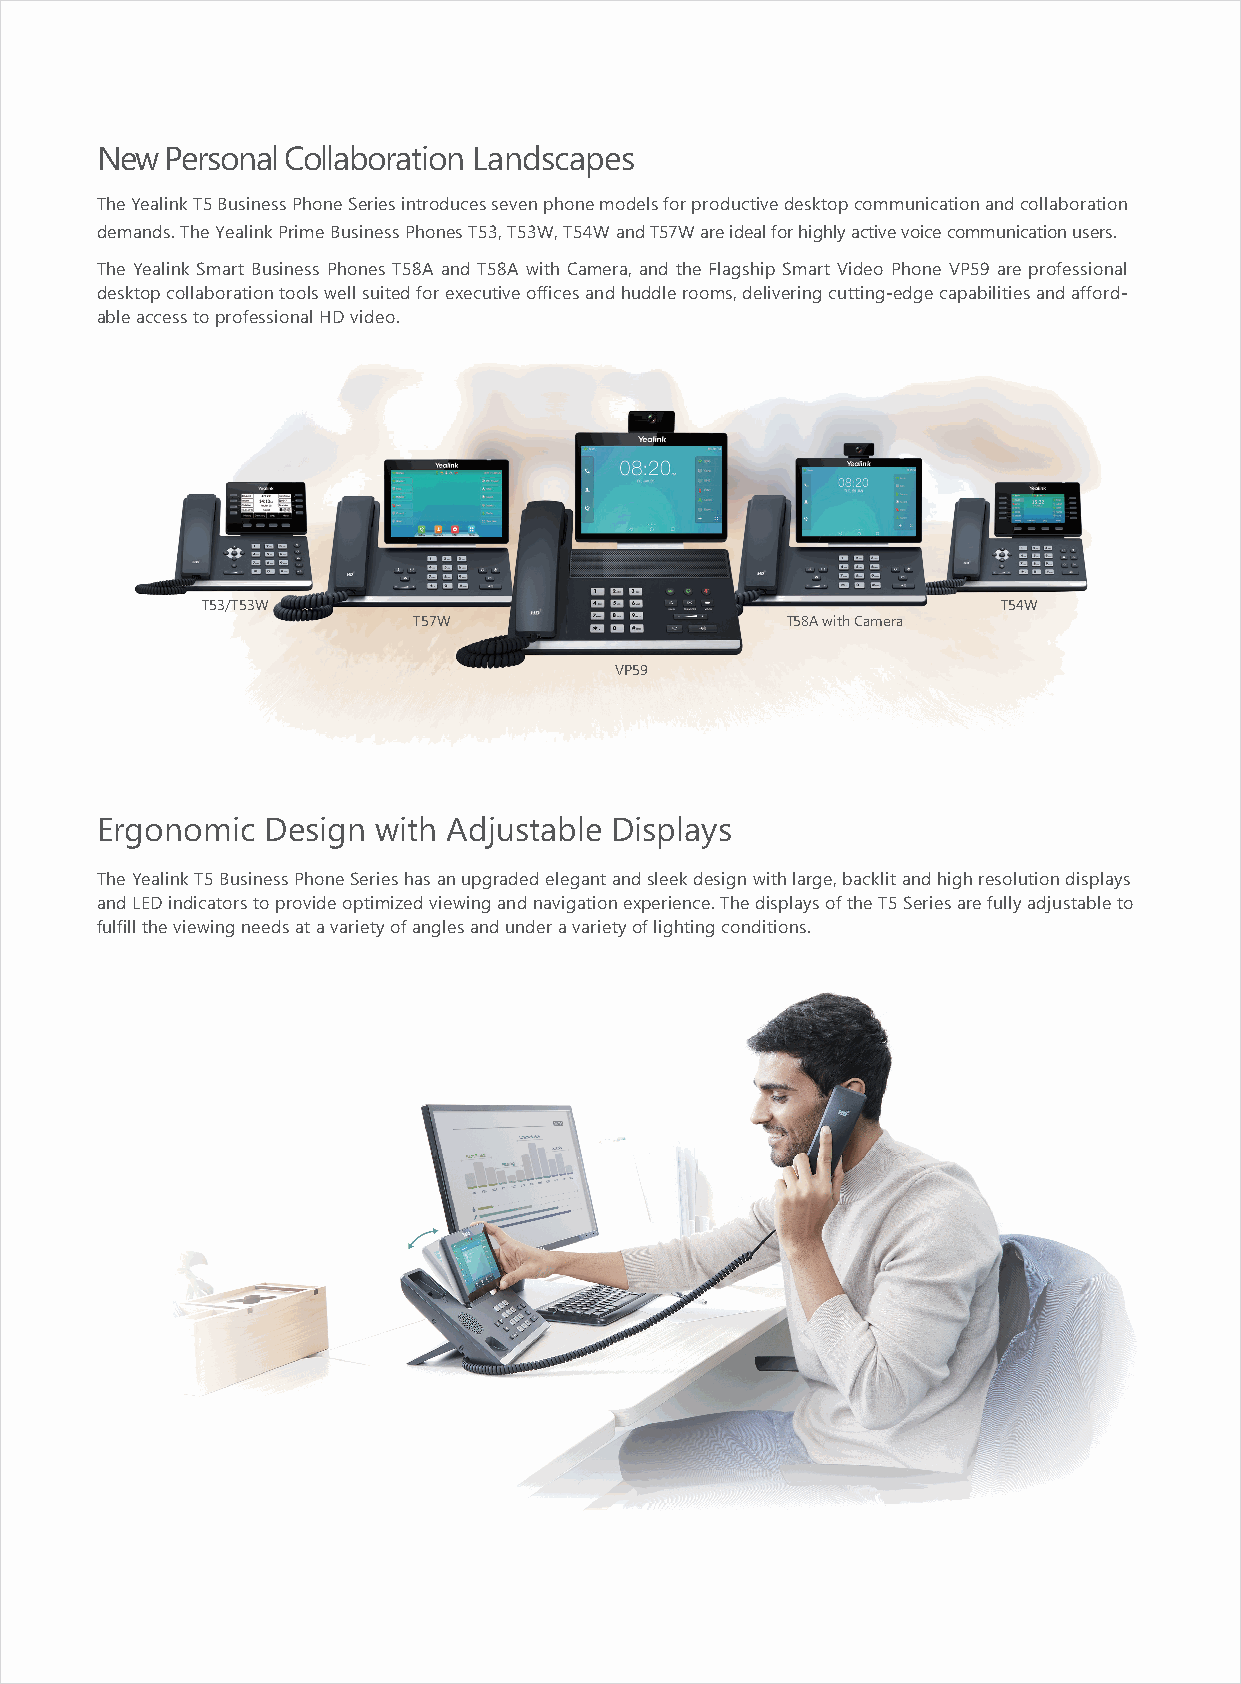
New  Personal Collaboration Landscapes
 The Yealink T5 Business Phone Series introduces seven phone models for productive desktop communication and collaboration
 demands. The Yealink Prime Business Phones T53, T53W, T54W and T57W are ideal for highly active voice communication users.
 The Yealink Smart Business Phones T58A and T58A with Camera, and the Flagship Smart Video Phone VP59 are professional
 desktop collaboration tools well suited for executive offices and huddle rooms, delivering cutting-edge capabilities and afford-
 able access to professional HD video.
 T53/T53W                                             T54W
 T57W                     T58A with Camera
 VP59
 Ergonomic  Design  with Adjustable Displays
 The Yealink T5 Business Phone Series has an upgraded elegant and sleek design with large, backlit and high resolution displays
 and LED indicators to provide optimized viewing and navigation experience. The displays of the T5 Series are fully adjustable to
 fulfill the viewing needs at a variety of angles and under a variety of lighting conditions.